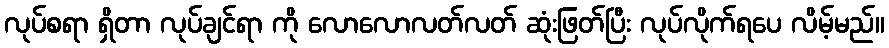
လုပ်စရာ ရှိတာ လုပ်ချင်ရာ ကို လောလောလတ်လတ် ဆုံးဖြတ်ပြီး လုပ်လိုက်ရပေ လိမ့်မည်။